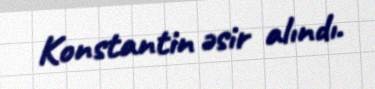
Konstantin əsir alındı.